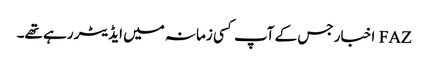
FAZ اخبار جس کے آپ کسی زمانہ میں ایڈیٹر رہے تھے۔